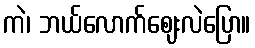
ကဲ၊ ဘယ်လောက်ဈေးလဲပြော။